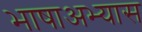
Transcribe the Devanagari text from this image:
भाषाअभ्यास